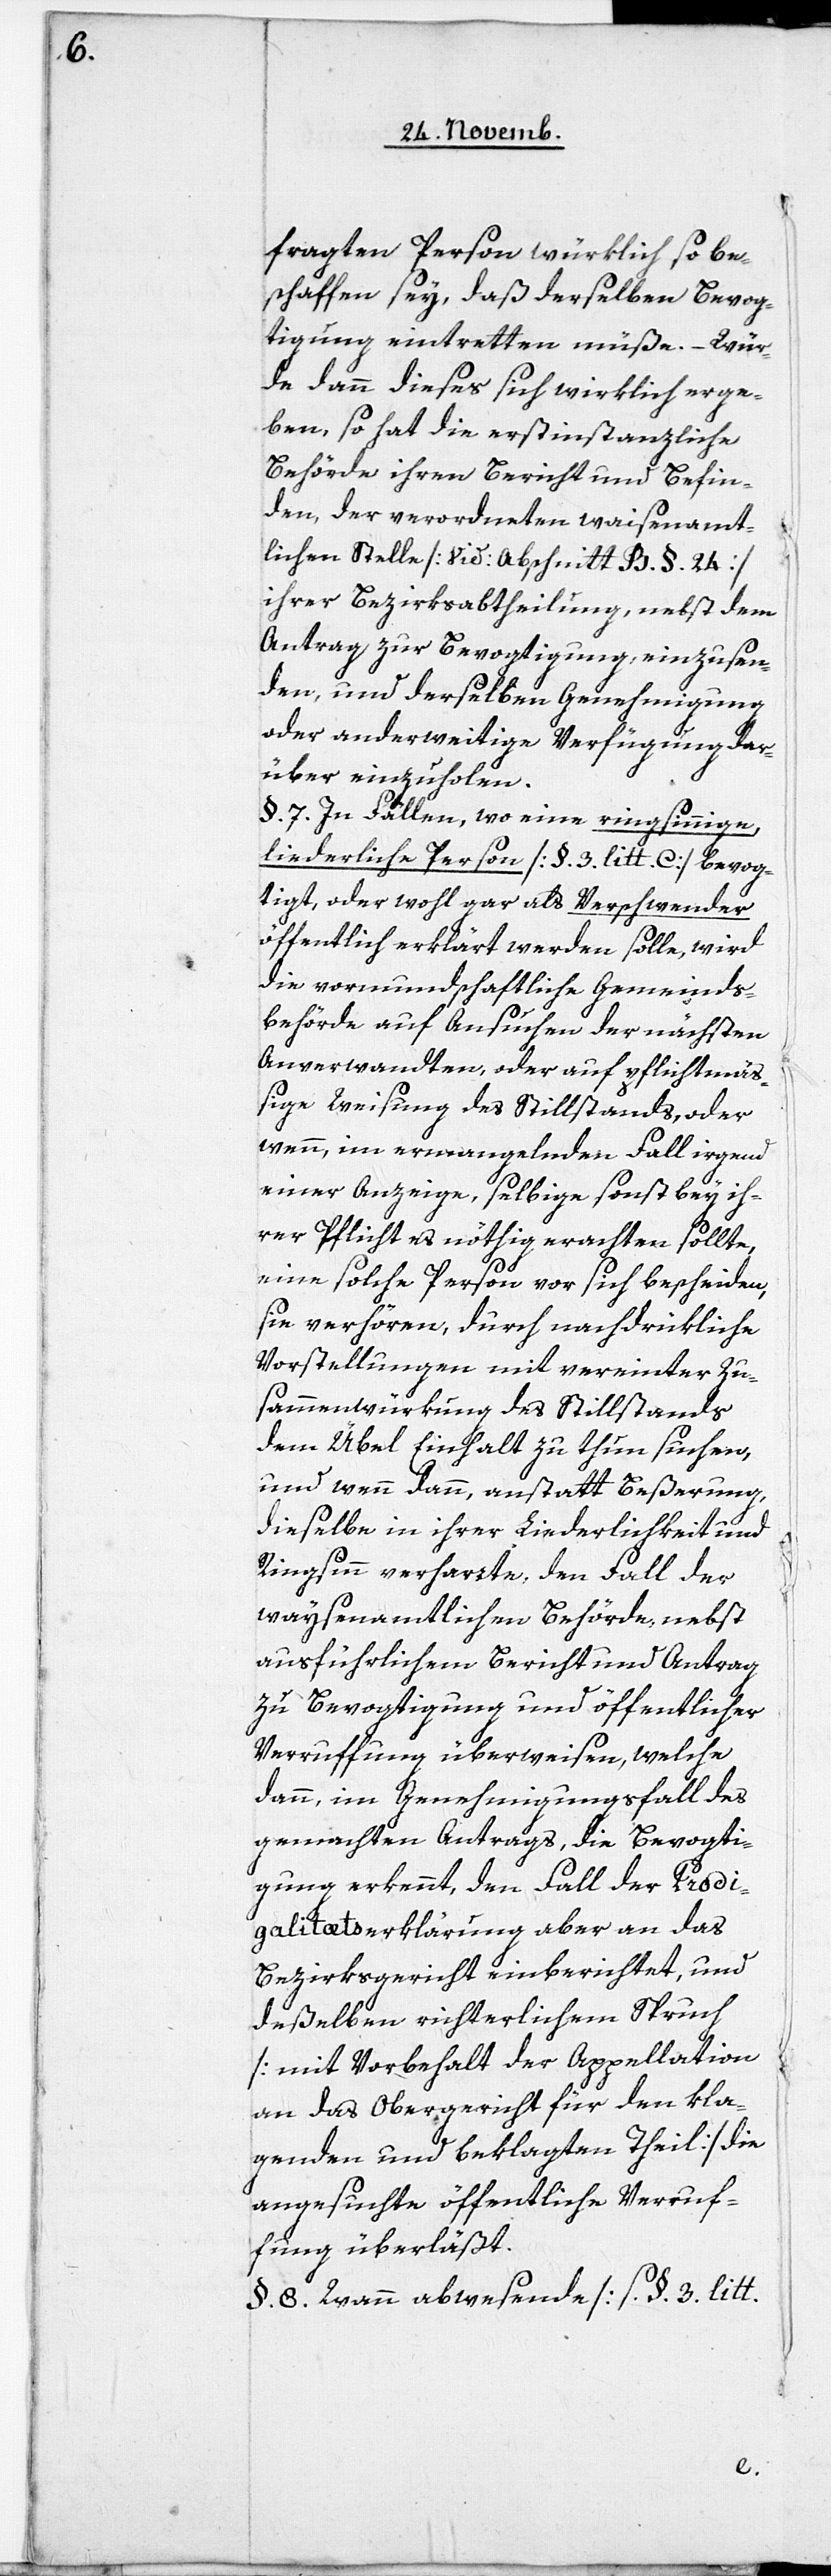
fragten Person würklich so be¬
schaffen sey, daß derselben Bevog¬
tigung eintretten müße. – Wür¬
de dann dieses sich wirklich erge¬
ben, so hat die erstinstanzliche
Behörde ihren Bericht und Befin¬
den, der verordneten waisenamt¬
lichen Stelle [vid: Abschnitt B. §. 24]
ihrer Bezirksabtheilung, nebst dem
Antrag zur Bevogtigung, einzusen¬
den, und derselben Genehmigung
oder anderweitige Verfügung dar¬
über einzuholen.
§. 7. In Fällen, wo eine ringsinnige,
liederliche Person [§. 3. litt. C] bevog¬
tigt, oder wohl gar als Verschwender
öffentlich erklärt werden solle, wird
die vormundschaftliche Gemeinds¬
behörde auf Ansuchen der nächsten
Anverwandten oder auf pflichtmäß¬
ige Weisung des Stillstands, oder
wenn, im ermangelnden Fall irgend
einer Anzeige, selbige sonst bey ih¬
rer Pflicht es nöthig erachten sollte,
eine solche Person vor sich bescheiden,
sie verhören, durch nachdzurükliche
Vorstellungen mit vereinter Zu¬
sammenwürkung des Stillstands
dem Übel Einhalt zu thun suchen,
und wenn dann, anstatt Beßerung,
dieselbe in ihrer Liederlichkeit und
Ringsinn verharrte, den Fall der
waysenamtlichen Behörde, nebst
ausführlichem Bericht und Antrag
zu Bevogtigung und öffentlicher
Verrufung überweisen, welche
dann, im Genehmigungsfall des
gemachten Antrags, die Bevogti¬
gung erkennt, den Fall der Prodi¬
galitætserklärung aber an das
Bezirksgericht einberichtet, und
deßelben richterlichem Spruch
[mit Vorbehalt der Appellation
an das Obergericht für den kla¬
genden und beklagten Theil] die
angesuchte öffentliche Verruf¬
ung überläßt.
§. 8. Wann Abwesende [s. §. 3. Litt.